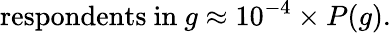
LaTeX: \mathrm{respondents\ in\ }g\approx 10^{-4}\times P(g).